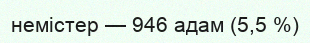
немістер — 946 адам (5,5 %)